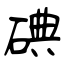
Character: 碘